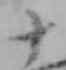
十